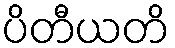
ပိတီယတိ